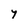
Character: y